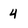
Character: 4